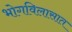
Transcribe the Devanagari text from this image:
भोगविलासात